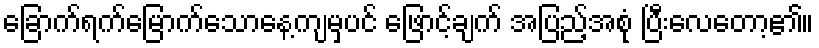
ခြောက်ရက်မြောက်သောနေ့ကျမှပင် ဖြောင့်ချက် အပြည့်အစုံ ပြီးလေတော့၏။